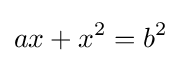
ax+x^{2}=b^{2}